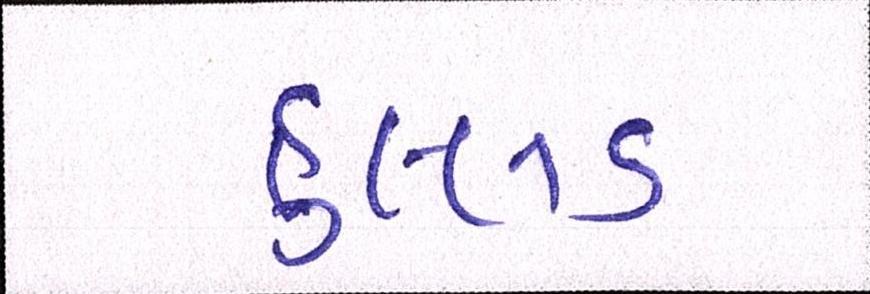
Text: હુલ્લડ